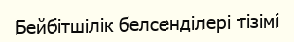
Бейбітшілік белсенділері тізімі